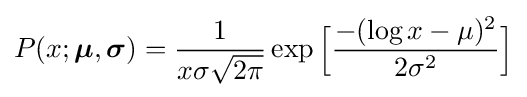
P(x;{\boldsymbol {\mu }},{\boldsymbol {\sigma }})={\frac {1}{x\sigma {\sqrt {2\pi }}}}\exp {\Big [}{\frac {-(\log x-\mu )^{2}}{2\sigma ^{2}}}{\Big ]}